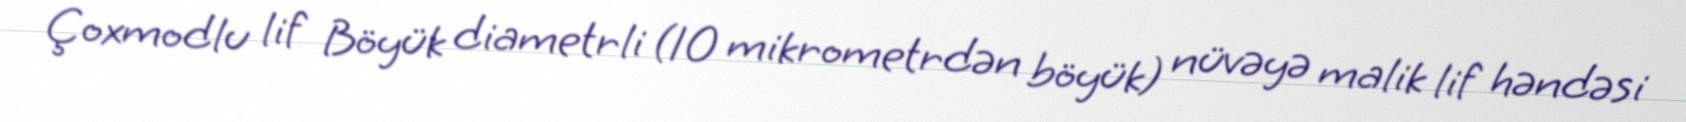
Çoxmodlu lif Böyük diametrli (10 mikrometrdən böyük) nüvəyə malik lif həndəsi